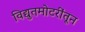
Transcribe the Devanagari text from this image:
विद्युतमोटरींतून